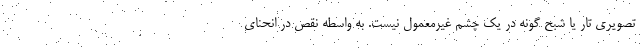
تصویری تار یا شبح گونه در یک چشم غیرمعمول نیست. به واسطه نقص در انحنای